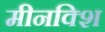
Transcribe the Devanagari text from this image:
मीनक्शि